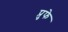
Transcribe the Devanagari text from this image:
प्रुफे